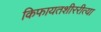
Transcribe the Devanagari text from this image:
किफायतशीररीत्या